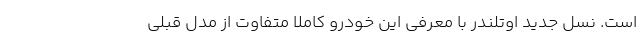
است. نسل جدید اوتلندر با معرفی این خودرو کاملا متفاوت از مدل قبلی